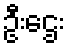
ဦးဌေး